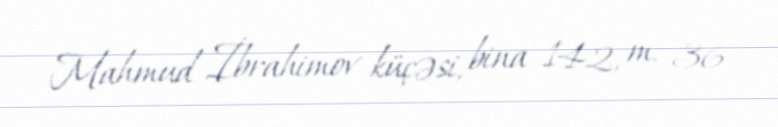
Mahmud İbrahimov küçəsi, bina 142, m. 36